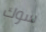
سوك